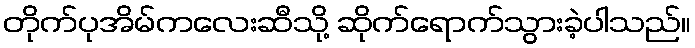
တိုက်ပုအိမ်ကလေးဆီသို့ ဆိုက်ရောက်သွားခဲ့ပါသည်။